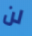
لن